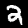
Label: 2